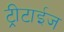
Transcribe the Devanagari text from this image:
ट्रीटाईज